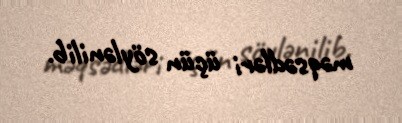
məqsədləri üçün söylənilib.